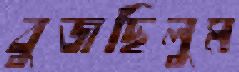
বুজছিলুম